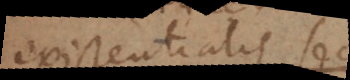
existentialis seu